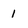
Character: 1